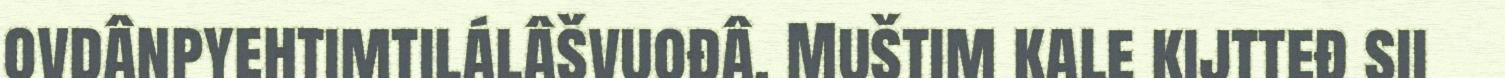
ovdânpyehtimtilálâšvuođâ. Muštim kale kijtteđ sii